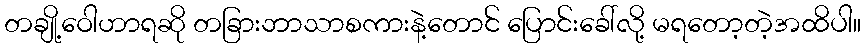
တချို့ဝေါဟာရဆို တခြားဘာသာစကားနဲ့တောင် ပြောင်းခေါ်လို့ မရတော့တဲ့အထိပါ။